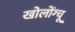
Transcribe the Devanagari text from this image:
खोलोंग्चू